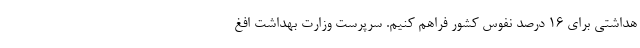
هداشتی برای ۱۶ درصد نفوس کشور فراهم کنیم. سرپرست وزارت بهداشت افغ